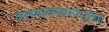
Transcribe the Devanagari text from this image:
जलव्यवस्थापनाचा